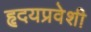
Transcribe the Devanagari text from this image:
हृदयप्रवेशी